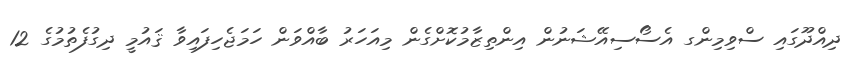
ދިއްދޫގައި ސްވިމިންގ އެސޯސިއޭޝަނުން އިންތިޒާމުކޮށްގެން މިއަހަރު ބާއްވަން ހަމަޖެހިފައިވާ ޤައުމީ ދިގުފެތުމުގެ 12